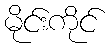
မိုင်းကိုင်